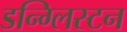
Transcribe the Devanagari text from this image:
डन्ग्लिस्टन